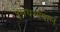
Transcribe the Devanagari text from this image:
चुल्लधम्मपाल